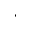
^ *